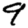
Digit: 9